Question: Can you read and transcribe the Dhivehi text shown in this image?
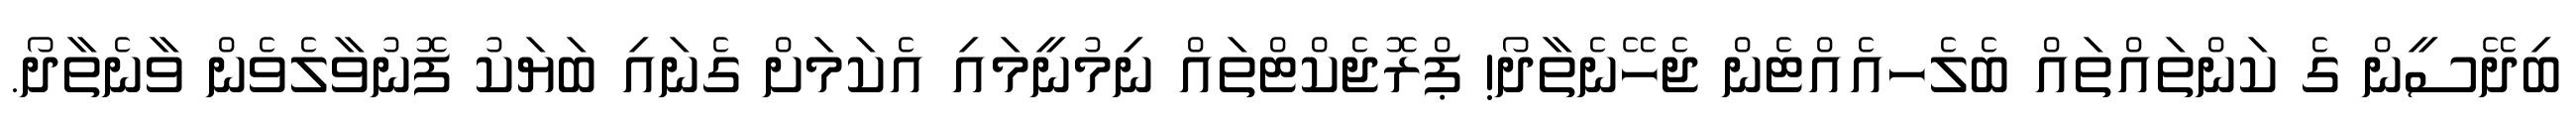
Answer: ބިދޭސީން ގެ ކަންތައްތައް ބެލެހއެއްޓެން ޖެހޭނެތާދޯ! ޕްރޮޖެކްޓްތައް ނިމުނީމައި އެކަމަށް ގެނައި ބަޔަކު ފޮނުވާލެވެން ވާނެތާދޯ.